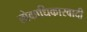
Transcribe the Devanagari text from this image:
लोकाधिकारवादी